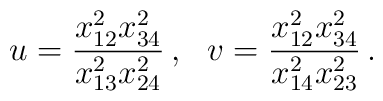
u=\frac{x_{12}^2x_{34}^2}{x_{13}^2x_{24}^2}\,,\,\,\,\,v=\frac{x_{12}^2x_{34}^2}{x_{14}^2x_{23}^2}\, .